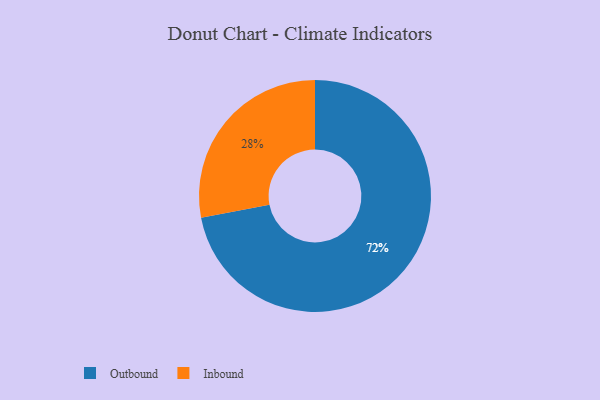
{"axis": {"x": "Category", "y": "Percentage"}, "legend": ["Inbound", "Outbound"], "data": [{"x": "Outbound", "y": 72, "type": "Outbound"}, {"x": "Inbound", "y": 28, "type": "Inbound"}]}